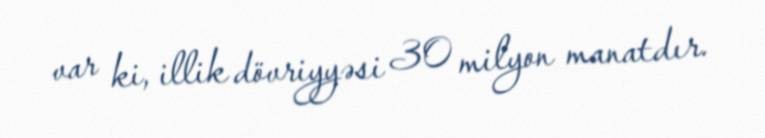
var ki, illik dövriyyəsi 30 milyon manatdır.